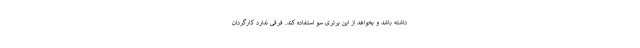
داشته باشد و بخواهد از این برتری سو استفاده کند. فرقی ندارد کارگردان